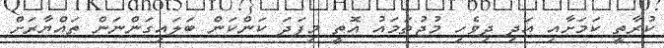
ކުރާތީ ކަމަށާއި އަދި ދިވެހި މުޖުތަމައު އޮތީ މިފަދަ ކަންކަން ބަލައިގަންނަން ތައްޔާރަށް